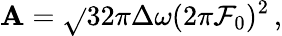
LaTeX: \mathbf{A}=\sqrt{}{{32\pi}}\Delta\omega(2\pi\mathcal{{F}}_{0})^{2}\, ,